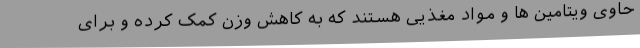
حاوی ویتامین ها و مواد مغذیی هستند که به کاهش وزن کمک کرده و برای